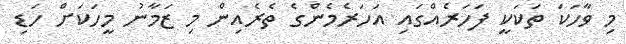
މި ވާހަކަ ތަކަކީ ފަހަރެއްގައި އަހަރެމެންގެ ތެރެއިން މި ޒަމާނު މީހަކަށް ހަޑި